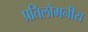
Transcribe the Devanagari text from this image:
प्रतिलोमनीय